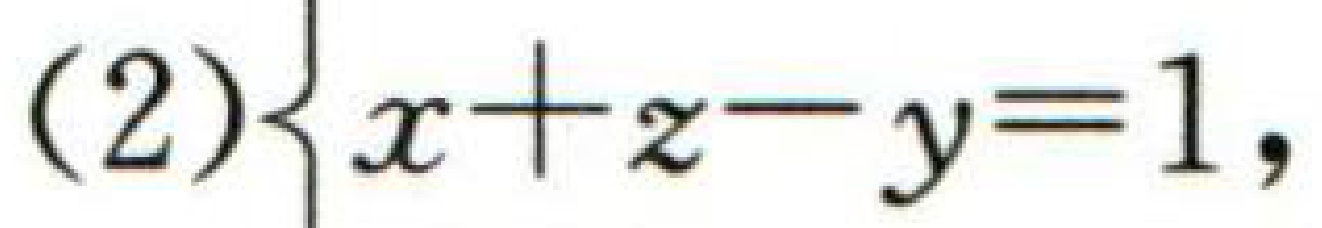
(2)$\begin{cases}

x + z - y = 1,

\end{cases}$